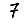
Digit: 7